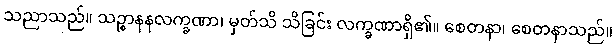
သညာသည်။ သဉ္စာနနလက္ခဏာ၊ မှတ်သိ သိခြင်း လက္ခဏာရှိ၏။ စေတနာ၊ စေတနာသည်။